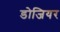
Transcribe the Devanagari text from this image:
डोजियर